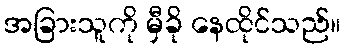
အခြားသူကို မှီခို နေထိုင်သည်။